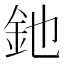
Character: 釶